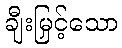
ချီးမြှင့်သော